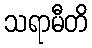
သရာမီတိ